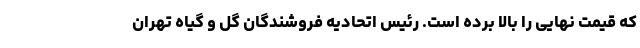
که قیمت نهایی را بالا برده است. رئیس اتحادیه فروشندگان گل و گیاه تهران